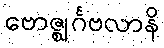
ဗောဇ္ဈင်္ဂဗလာနိ